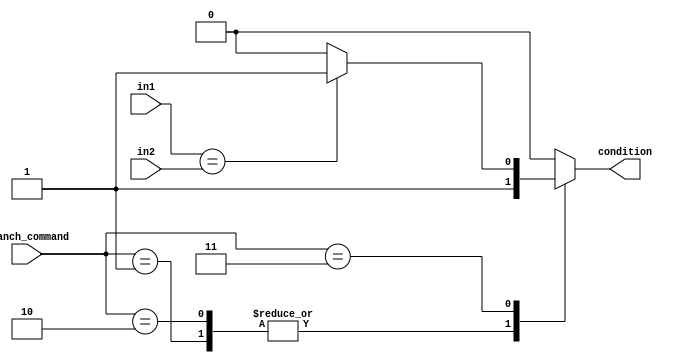
module condition_checker(in1, in2, branch_command, condition);
    input [31:0] in1, in2;
    input [1:0] branch_command;
    output reg condition;

    always @(*) begin
        case (branch_command)
        2'b01: condition <= 1; //J
        2'b10: condition <= 1; //JR
        2'b11: condition <= (in1 == in2) ? 1: 0; //BEQ
        default: condition <= 0;
        endcase
    end

endmodule